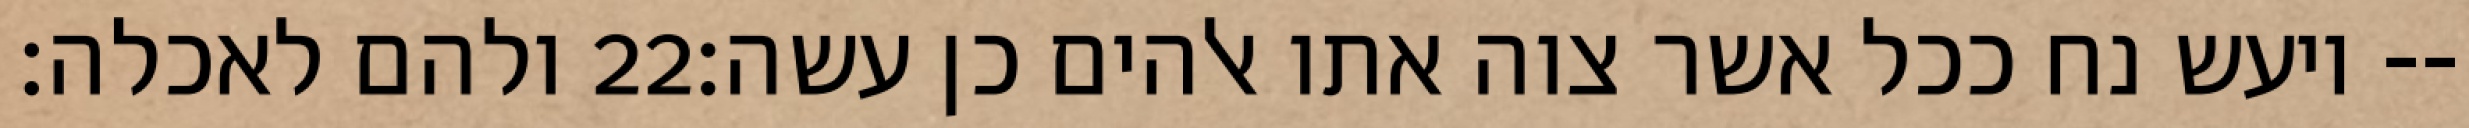
ולהם לאכלה׃ ‎22‏ ויעש נח ככל אשר צוה אתו אלהים כן עשה׃--